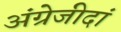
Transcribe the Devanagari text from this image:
अंग्रेजीदां